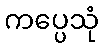
ကပ္ပေသုံ